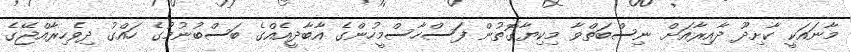
މާނައަކީ ކާށިދޫ ދާއިރާއަށް ނިސްބަތްވާ މިކިޔާގޮތުން ފަސްހާސްމީހުންގެ އާބާދީއެއްގެ ބަސްބުނުމުގެ ހައްގު ދިވެހިރާއްޖޭގެ